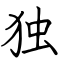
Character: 独